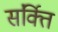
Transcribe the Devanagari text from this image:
संर्क्ति